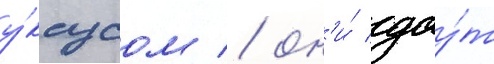
у́ксусом / он'и́ дау́т